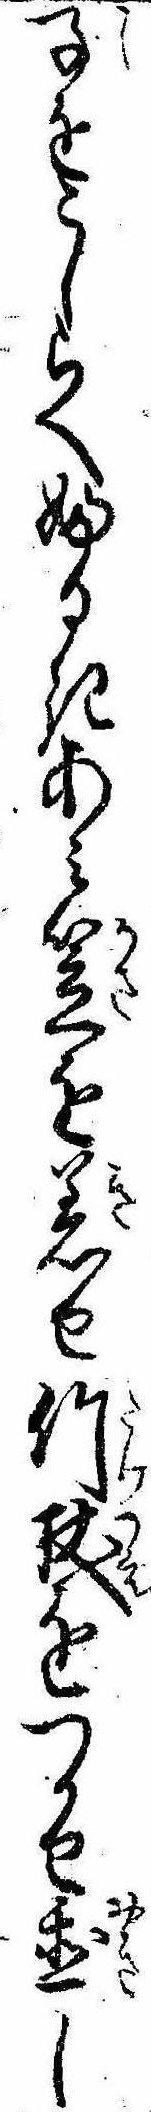
子をこしらへふるきあみ笠を着せ竹杖をつかせ置し